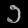
Digit: ၁